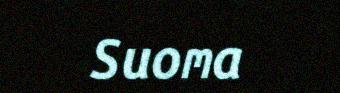
Suoma